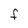
Character: F